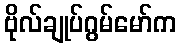
ဗိုလ်ချုပ်ဂွမ်မော်က